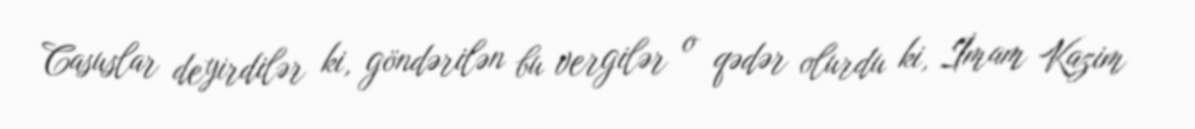
Casuslar deyirdilər ki, göndərilən bu vergilər o qədər olurdu ki, İmam Kazim